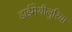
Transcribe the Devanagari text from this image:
डाईमेथीलुरिया